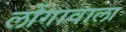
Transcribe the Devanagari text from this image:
लोंगावाला